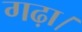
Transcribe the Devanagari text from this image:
गढ़ा।